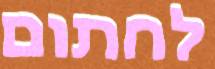
לחתום